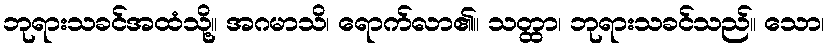
ဘုရားသခင်အထံသို့။ အဂမာသိ၊ ရောက်လာ၏။ သတ္ထာ၊ ဘုရားသခင်သည်။ သော၊